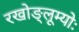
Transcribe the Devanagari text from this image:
रखोङ्लूम्योः